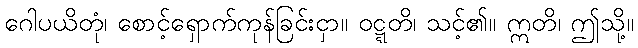
ဂေါပယိတုံ၊ စောင့်ရှောက်ကုန်ခြင်းငှာ။ ဝဋ္ဋတိ၊ သင့်၏။ ဣတိ၊ ဤသို့။